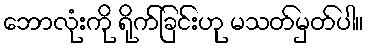
ဘောလုံးကို ရိုက်ခြင်းဟု မသတ်မှတ်ပါ။